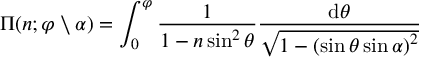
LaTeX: \Pi ( n ; \varphi \setminus \alpha ) = \int _ { 0 } ^ { \varphi } { \frac { 1 } { 1 - n \sin ^ { 2 } \theta } } { \frac { \mathrm { d } \theta } { \sqrt { 1 - \left( \sin \theta \sin \alpha \right) ^ { 2 } } } }